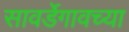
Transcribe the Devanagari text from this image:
सावर्डेगावच्या